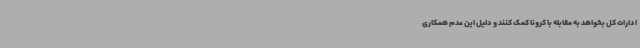
ادارات کل بخواهد به مقابله با کرونا کمک کنند و دلیل این عدم همکاری